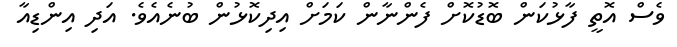
ވެސް އޮތީ ފާޅުކަން ބޮޑުކޮށް ފެންނާން ކަމަށް އިދިކޮޅުން ބުނެއެވެ. އަދި އިންޑިއާ